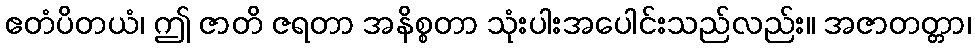
ဧတံပိတယံ၊ ဤ ဇာတိ ဇရတာ အနိစ္စတာ သုံးပါးအပေါင်းသည်လည်း။ အဇာတတ္တာ၊